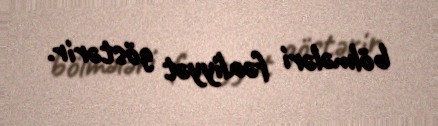
bölmələri fəaliyyət göstərir.